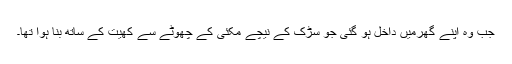
جب وہ اپنے گھرمیں داخل ہو گئی جو سڑک کے نیچے مکئی کے چھوٹے سے کھیت کے ساتھ بنا ہوا تھا۔